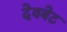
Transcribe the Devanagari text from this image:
देवबेट